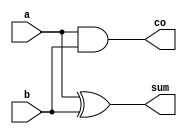
//2. Design and implement FA, HA in data-flow and structural modeling.

//Half Adder in data-flow and structural modeling Code your design here
// `define DF
`define STRUCTURAL
module ha_df_struc(a,b,sum,co);

input a,b;
output sum,co;

`ifdef DF
assign sum=a^b,
co=a&b;
`endif

`ifdef STRUCTURAL

xor(sum,a,b);
and(co,a,b);

`endif

endmodule

// Code your testbench here

`timescale 1ns/1ns
module test;
reg a,b;
wire sum,co;

ha_df_struc ins1(a,b,sum,co);

initial begin
{a,b}=2'b00;
#5 {a,b}=2'b01;
#5 {a,b}=2'b10;
#5 {a,b}=2'b11;
#5 $finish;

end

initial begin
$monitor("simtime=%0g, a=%b, b=%b, sum=%b, co=%b",$time, a, b, sum, co);

end

endmodule

//EDAPlayground link https://www.edaplayground.com/x/f5qk